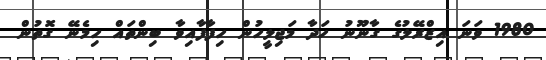
1980 ވަނަ އިޒްރޭލުގެ ގާނޫނު ހަދާ މަޖިލީހުން ހިފާފާއިވާ ބިންތައް ހިމެނޭ ގޮތުން